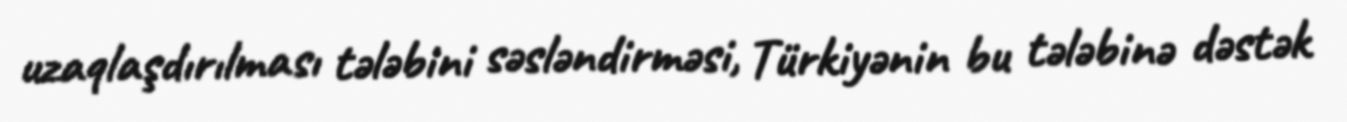
uzaqlaşdırılması tələbini səsləndirməsi, Türkiyənin bu tələbinə dəstək